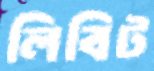
লিবিট